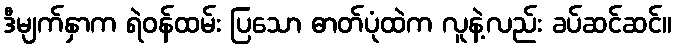
ဒီမျက်နှာက ရဲဝန်ထမ်း ပြသော ဓာတ်ပုံထဲက လူနဲ့လည်း ခပ်ဆင်ဆင်။